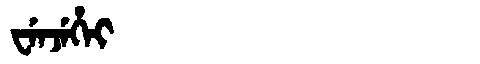
Manchu: ᠸᡝᠨᠵᡝᡥᡝᡳ
Romanization: WENJEHEI